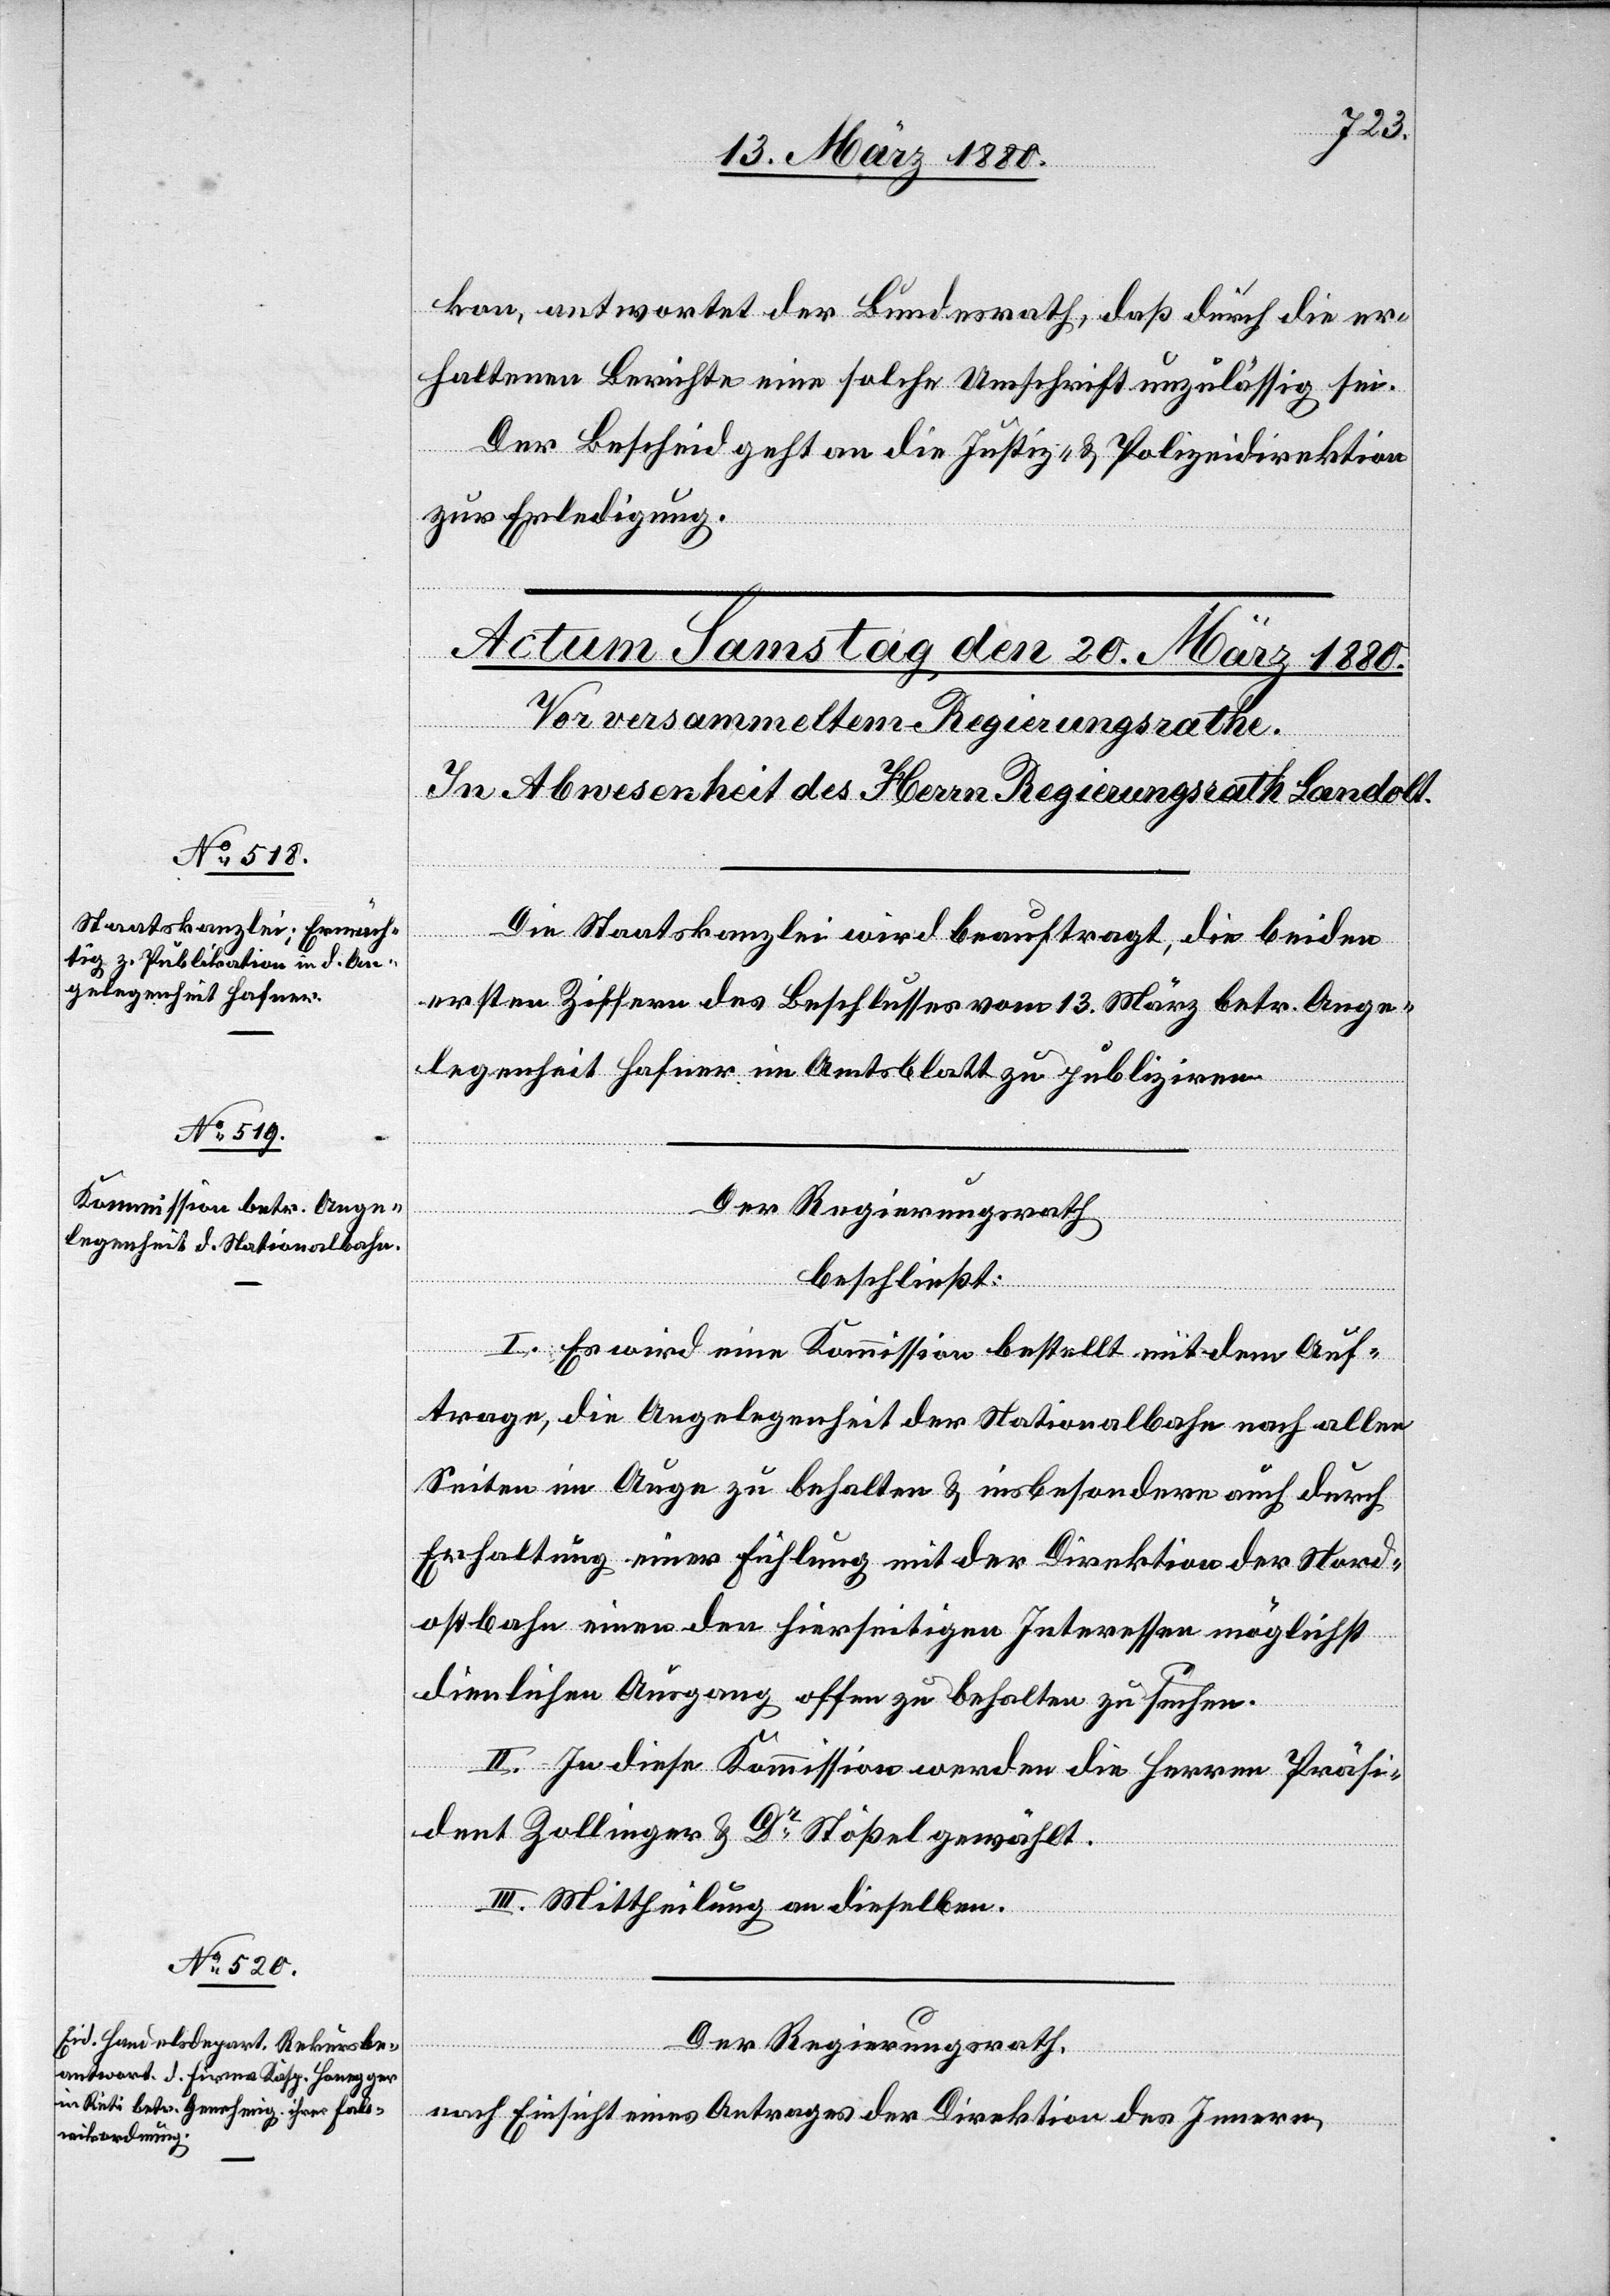
kon, antwortet der Bundesrath, daß durch die er¬
haltenen Berichte eine solche Umschrift unzulässig sei.
Der Bericht geht an die Justiz- & Polizeidirektion
zur Erledigung.
Die Staatskanzlei wird beauftragt, die beiden
ersten Ziffern des Beschlusses vom 13. März betr. Ange¬
legenheit Hafner im Amtsblatt zu publiziren.
Der Regierungsrath
beschließt:
I. Es wird eine Kommission bestellt mit dem Auf¬
trage, die Angelegenheit der Nationalbahn nach allen
Seiten im Auge zu behalten & insbesondere auch durch
Erhaltung einer Fühlung mit der Direktion der Nord¬
ostbahn einen den hierseitigen Interessen möglichst
dienlichen Ausgang offen zu behalten zu suchen.
II. In diese Kommission werden die Herren Präsi¬
dent Zollinger & Dr Stößel gewählt.
II. Mittheilung an dieselben.
Der Regierungsrath,
nach Einsicht eines Antrages der Direktion des Innern,